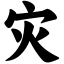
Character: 灾